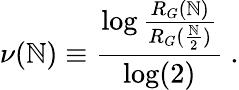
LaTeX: \nu(\mathbb{N})\equiv\frac{{\log\frac{{R_{G}(\mathbb{N})}}{{R_{G}(\frac{{\mathbb{N}}}{{2}})}}}}{{\log(2)}}\ .